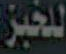
للخبز